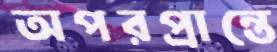
অপরপ্রান্তে